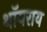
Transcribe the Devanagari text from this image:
थॉयराय